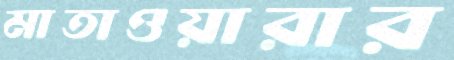
মাতাওয়ারার